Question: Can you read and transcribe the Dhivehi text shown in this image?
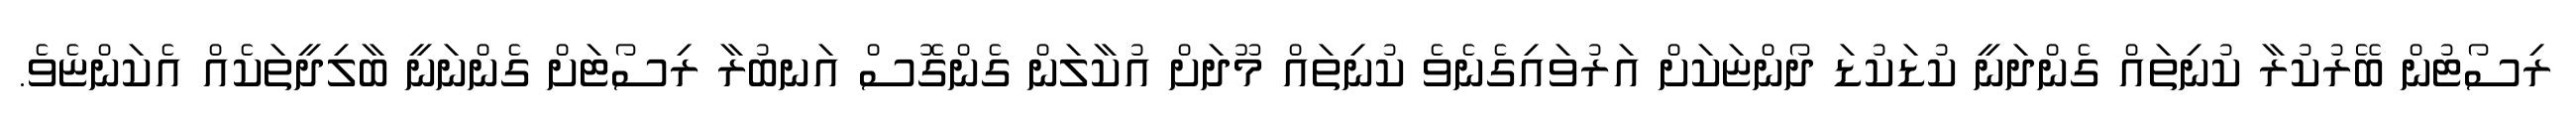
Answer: ރިސޯޓުން ބޭރުކުރާ ކުނިތައް ގެންދަނީ ކުޑަކުޑަ ދޯންޏަކަށް އަރުވައިގެނެވެ ކުނިތައް މޫދަށް އުކާލަން ގެންގޮސް އަނބުރާ ރިސޯޓަށް ގެންނަނީ ބާލިދީތަކެއް އެކަންޏެވެ.